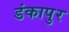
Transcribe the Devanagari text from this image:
डंकापुर